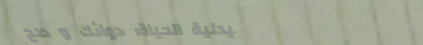
صيدلية الحياة: دوائك و صح